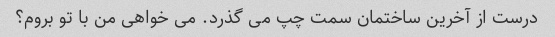
درست از آخرین ساختمان سمت چپ می گذرد. می خواهی من با تو بروم؟